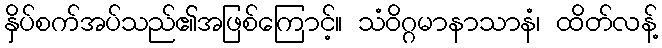
နှိပ်စက်အပ်သည်၏အဖြစ်ကြောင့်။ သံဝိဂ္ဂမာနာသာနံ၊ ထိတ်လန့်